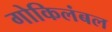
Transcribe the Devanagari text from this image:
गोकिलंबल